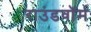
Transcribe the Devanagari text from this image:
राउंडवॉर्म